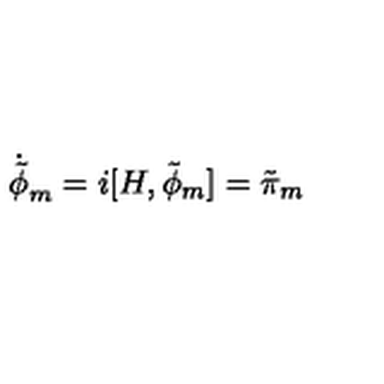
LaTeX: \dot { \tilde { \phi } } _ { m } = i [ H , \tilde { \phi } _ { m } ] = \tilde { \pi } _ { m }